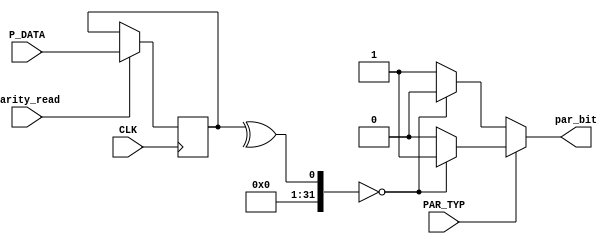
module UART_TX_Parity_Calc #(parameter data_width = 8)(
  input            				  CLK,
  input wire [data_width - 1 : 0] P_DATA , 
  input wire       				  PAR_TYP ,
  input wire       				  parity_read  ,
  output reg       				  par_bit
  );

reg [data_width - 1 : 0] Data;

always @ (posedge CLK)
begin
        if( parity_read == 1 )
        begin
          Data <= P_DATA;
        end
end



always @ (*)
begin
      if(PAR_TYP == 1'b0) //Even Parity
        begin
          if ( (^Data)  == 0) /* Number of ones is an even number . So , Even Parity = 0*/
            par_bit = 1'b0;
          else /* Number of ones is an odd number . So , Even Parity = 1*/
            par_bit = 1'b1;
        end
      else //Odd Parity
        begin
          if ( (^Data) == 0) /* Number of ones is an even number. So , Odd Parity = 1 */
            par_bit = 1'b1;
          else /* Number of ones is an odd number. So , Odd Parity = 0 */
            par_bit = 1'b0;
        end
end

endmodule